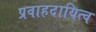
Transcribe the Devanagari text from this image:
प्रवाहदायित्व